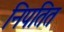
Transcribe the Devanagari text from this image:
निपतित